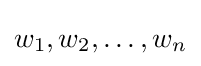
w_{1},w_{2},\dots ,w_{n}